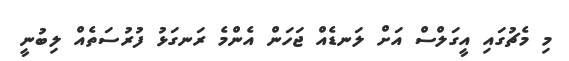
މި މެޗުގައި އީގަލްސް އަށް ލަނޑެއް ޖަހަން އެންމެ ރަނގަޅު ފުރުސަތެއް ލިބުނީ